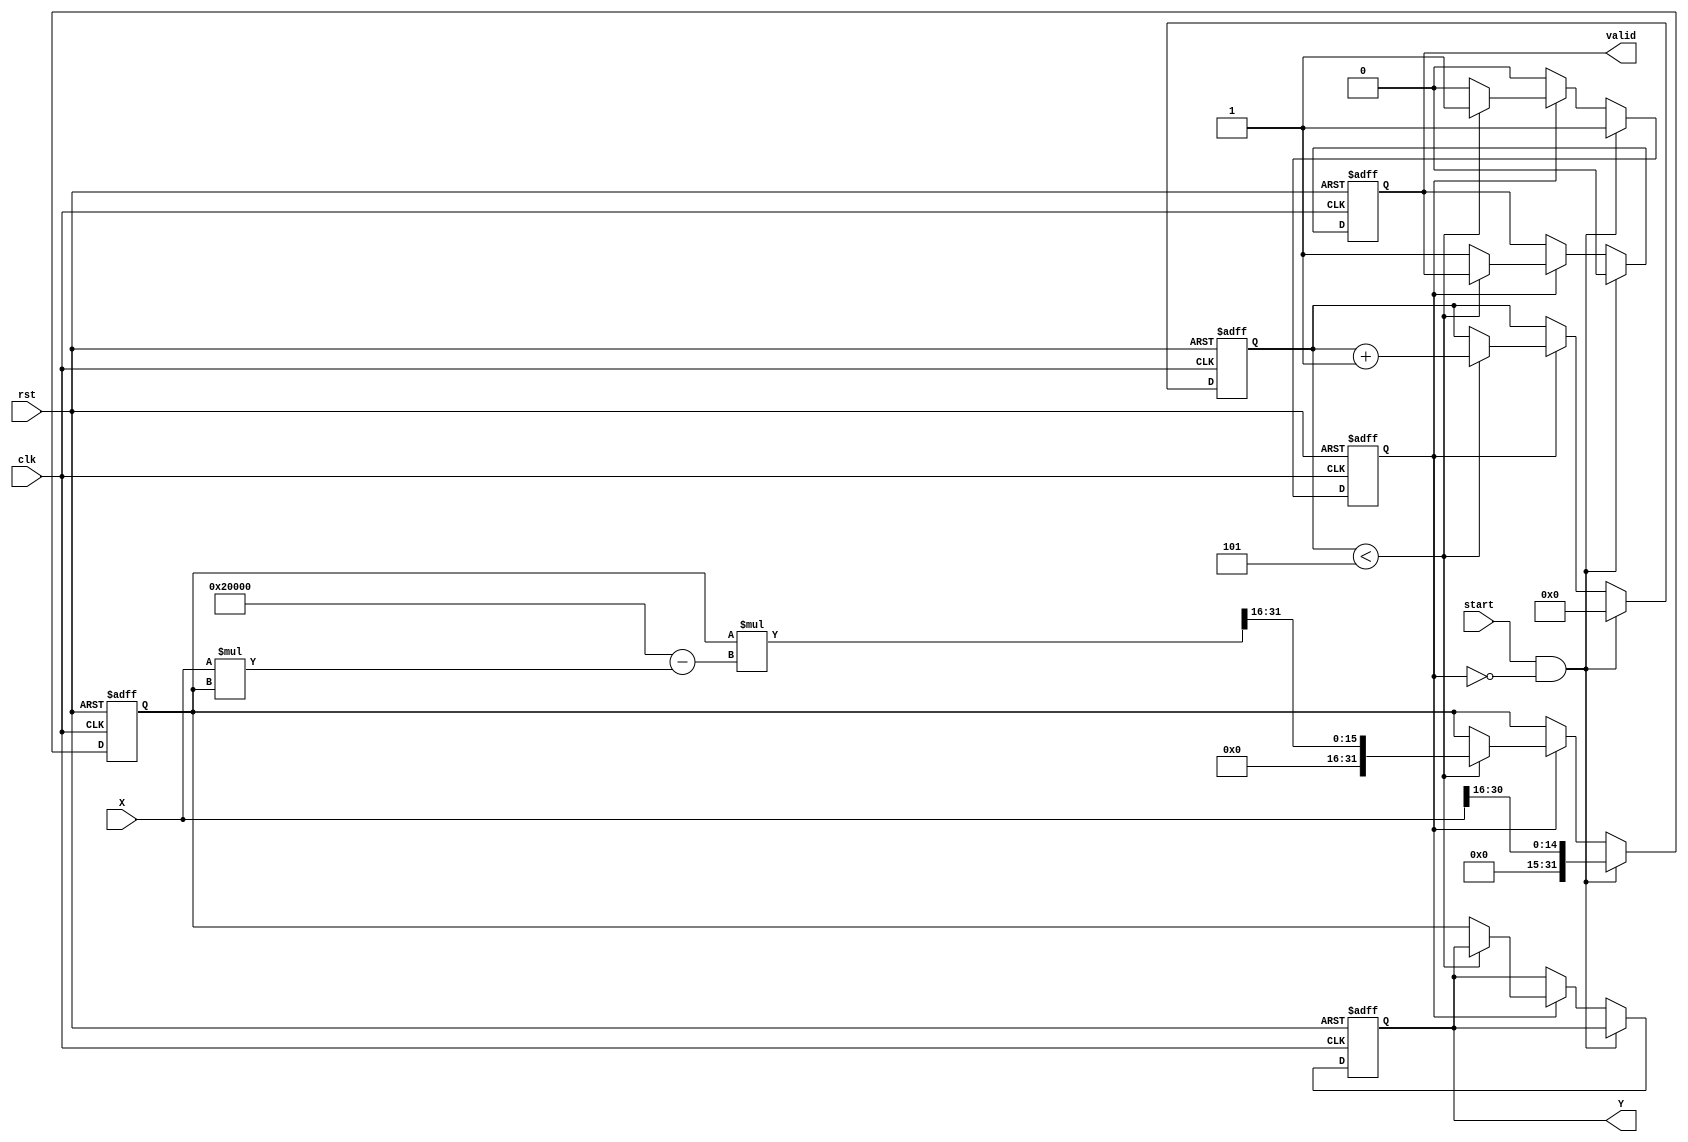
module fixed_point_reciprocal #(
    parameter M = 16, // Number of integer bits
    parameter N = 16, // Number of fractional bits
    parameter ITERATIONS = 5 // Number of iterations for Newton-Raphson
)(
    input wire clk,
    input wire rst,
    input wire start,
    input wire [M+N-1:0] X, // Input fixed-point number
    output reg [M+N-1:0] Y, // Output fixed-point reciprocal
    output reg valid // Output valid signal
);

    reg [M+N-1:0] approx; // Current approximation of reciprocal
    reg [M+N-1:0] temp; // Temporary variable for calculations
    reg [3:0] count; // Iteration counter
    reg computing; // State to indicate if computation is ongoing

    // Initialize output and state
    always @(posedge clk or posedge rst) begin
        if (rst) begin
            Y <= 0;
            valid <= 0;
            approx <= 0;
            count <= 0;
            computing <= 0;
        end else if (start && !computing) begin
            // Start computation
            computing <= 1;
            valid <= 0;
            approx <= {1'b0, X[M+N-2:M]}; // Initial approximation: 1 / X (using integer part)
            count <= 0;
        end else if (computing) begin
            if (count < ITERATIONS) begin
                // Newton-Raphson iteration: approx = approx * (2 - X * approx)
                temp = approx * (2**(N+1) - X * approx) >> N; // Shift to maintain fixed-point
                approx <= temp;
                count <= count + 1;
            end else begin
                // Finished computation
                Y <= approx;
                valid <= 1;
                computing <= 0;
            end
        end
    end

endmodule